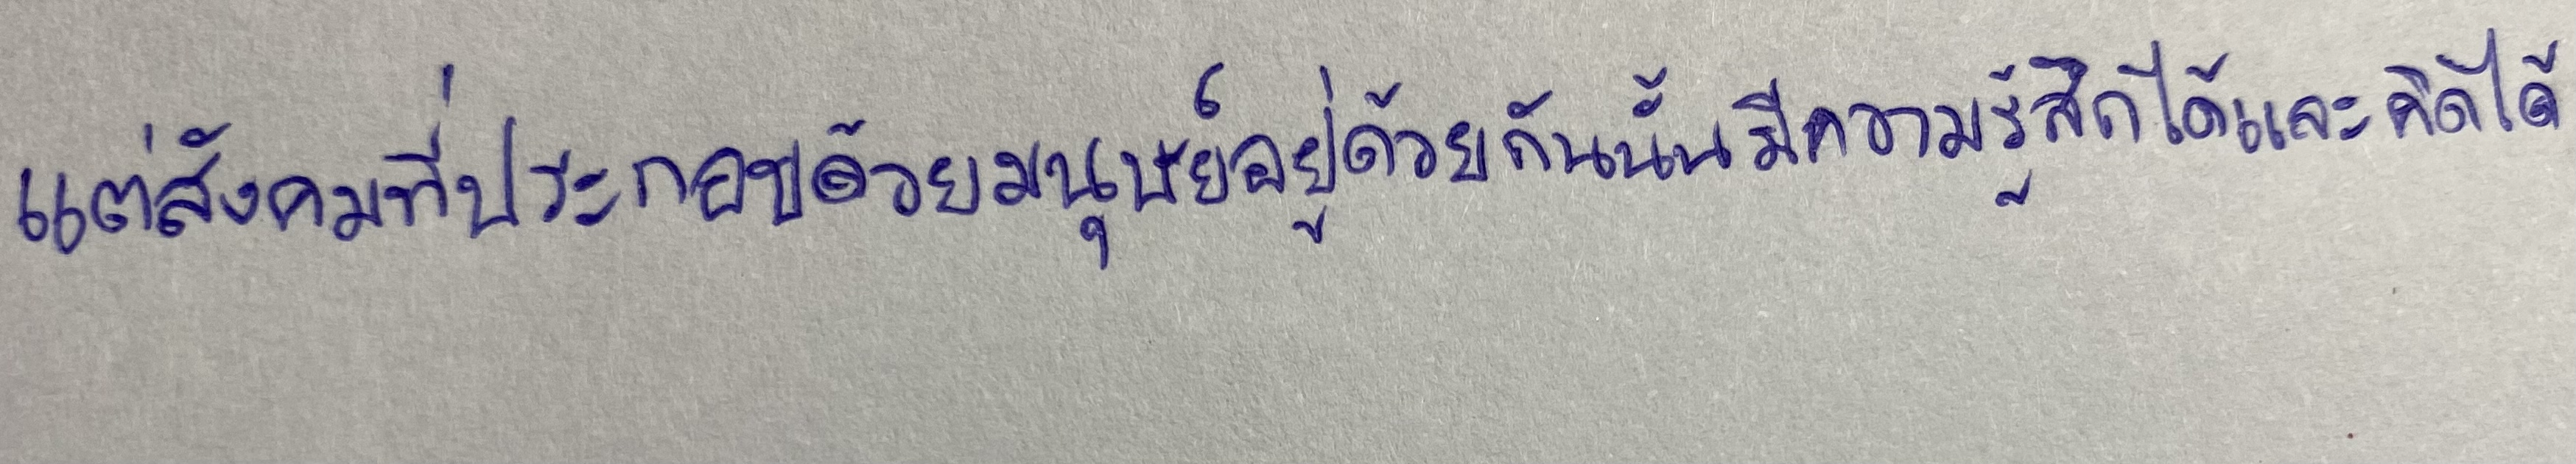
แต่สังคมที่ประกอบด้วยมนุษย์อยู่ด้วยกันนั้นมีความรู้สึกได้และคิดได้